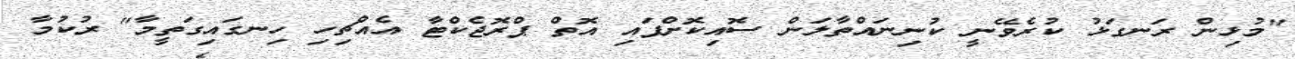
"މުޅިން ރަނގަޅު ކުރެވޭނީ ކުނިނައްތާލަން ސޮއިކޮށްފައި އޮތް ޕްރޮޖެކްޓާ އެއްޗިހި ހިނގައިގަތީމާ" ރުކުމާ